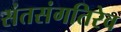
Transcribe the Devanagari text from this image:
संतसंगतिरेव